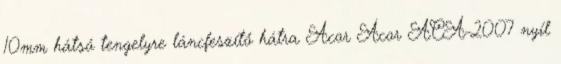
10mm hátsó tengelyre láncfeszítő hátra Acor Acor ACA-2007 nyíl